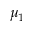
\mu _ { 1 }